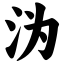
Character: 沩